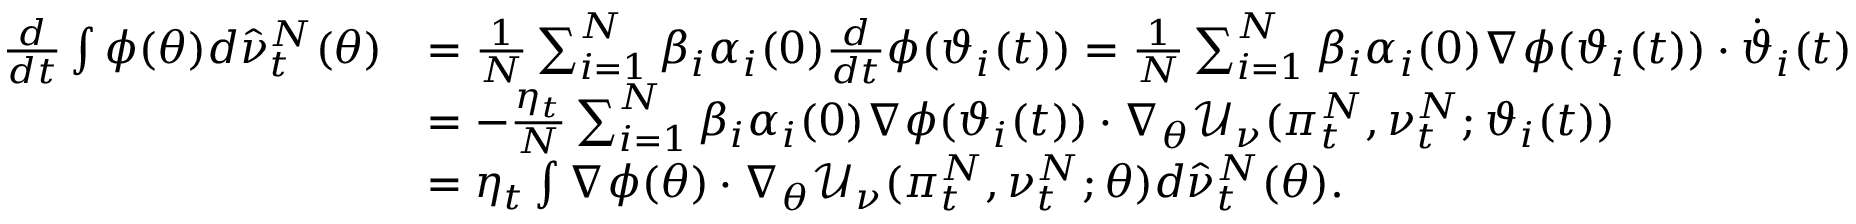
\begin{array} { r l } { \frac { d } { d t } \int \phi ( \theta ) d \hat { \nu } _ { t } ^ { N } ( \theta ) } & { = \frac { 1 } { N } \sum _ { i = 1 } ^ { N } \beta _ { i } \alpha _ { i } ( 0 ) \frac { d } { d t } \phi ( \vartheta _ { i } ( t ) ) = \frac { 1 } { N } \sum _ { i = 1 } ^ { N } \beta _ { i } \alpha _ { i } ( 0 ) \nabla \phi ( \vartheta _ { i } ( t ) ) \cdot \dot { \vartheta } _ { i } ( t ) } \\ & { = - \frac { \eta _ { t } } { N } \sum _ { i = 1 } ^ { N } \beta _ { i } \alpha _ { i } ( 0 ) \nabla \phi ( \vartheta _ { i } ( t ) ) \cdot \nabla _ { \theta } \mathcal { U } _ { \nu } ( \pi _ { t } ^ { N } , \nu _ { t } ^ { N } ; \vartheta _ { i } ( t ) ) } \\ & { = \eta _ { t } \int \nabla \phi ( \theta ) \cdot \nabla _ { \theta } \mathcal { U } _ { \nu } ( \pi _ { t } ^ { N } , \nu _ { t } ^ { N } ; \theta ) d \hat { \nu } _ { t } ^ { N } ( \theta ) . } \end{array}